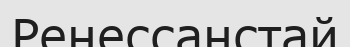
Ренессанстай